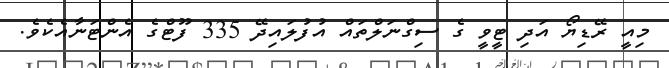
މިއީ ރޭޑިޔޯ އަދި ޓީވީ ގެ ސިގްނަލްތައް އުފުލައިދޭ 335 ފޫޓްގެ އެންޓަނާއެކެވެ.